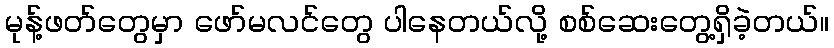
မုန့်ဖတ်တွေမှာ ဖော်မလင်တွေ ပါနေတယ်လို့ စစ်ဆေးတွေ့ရှိခဲ့တယ်။